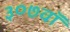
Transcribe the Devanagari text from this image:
३०७वॉ